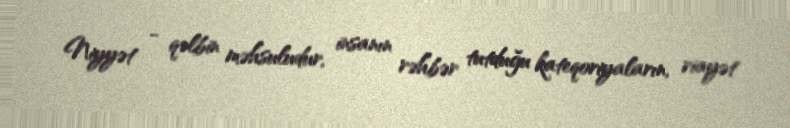
Niyyət - qəlbin məhsuludur, insanın rəhbər tutduğu kateqoriyaların, riayət